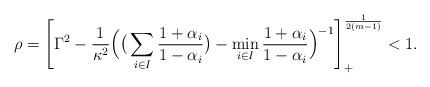
LaTeX: \begin{align*}\rho =\left[\Gamma^2 -\frac{1}{\kappa^2}\Big(\big(\sum_{i\in I}\frac{1+\alpha_i}{1-\alpha_i}\big) -\min_{i\in I}\frac{1+\alpha_i}{1-\alpha_i}\Big)^{-1}\right]_+^{\frac{1}{2(m-1)}} <1.\end{align*}